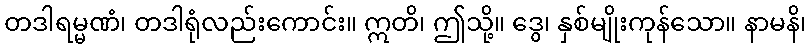
တဒါရမ္မဏံ၊ တဒါရုံလည်းကောင်း။ ဣတိ၊ ဤသို့။ ဒွေ၊ နှစ်မျိုးကုန်သော။ နာမနိ၊